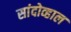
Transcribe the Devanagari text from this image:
सांदोव्हाल